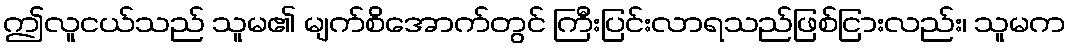
ဤလူငယ်သည် သူမ၏ မျက်စိအောက်တွင် ကြီးပြင်းလာရသည်ဖြစ်ငြားလည်း၊ သူမက